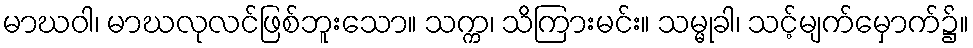
မာဃဝါ၊ မာဃလုလင်ဖြစ်ဘူးသော။ သက္က၊ သိကြားမင်း။ သမ္မုခါ၊ သင့်မျက်မှောက်၌။